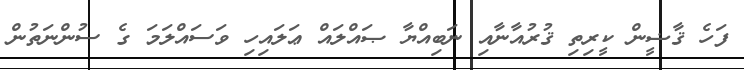
ފަހެ ޤާޟީން ކީރިތި ޤުރުއާނާއި ނަބިއްޔާ ޞައްލައް ޢަލައިހި ވަސައްލަމަ ގެ ސުންނަތުން